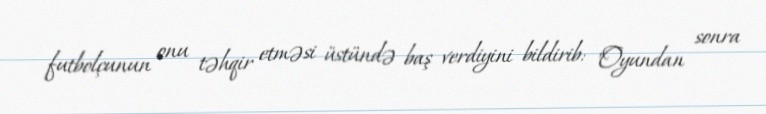
futbolçunun onu təhqir etməsi üstündə baş verdiyini bildirib: "Oyundan sonra